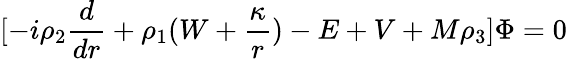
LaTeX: \lbrack-i\rho_{2}{\frac{d}{dr}}+\rho_{1}(W+{\frac{\kappa}{r}})-E+V+M\rho_{3}\rbrack\Phi=0